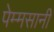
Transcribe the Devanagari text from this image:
पेम्मसानी